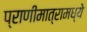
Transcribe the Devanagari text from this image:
प्राणीमात्रामध्ये